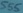
Text: 555